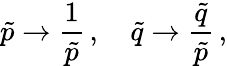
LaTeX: \tilde{p}\to\frac{1}{\tilde{p}}\, ,\quad\tilde{q}\to\frac{\tilde{q}}{\tilde{p}}\, ,